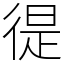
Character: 徥